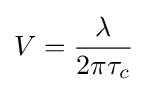
V={\frac {\lambda }{2\pi \tau _{c}}}